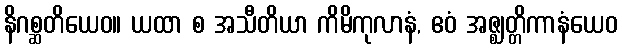
နိဂစ္ဆတိယေဝ။ ယထာ စ အသီတိယာ ကိမိကုလာနံ, ဧဝံ အဇ္ဈတ္တိကာနံယေဝ